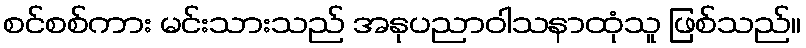
စင်စစ်ကား မင်းသားသည် အနုပညာဝါသနာထုံသူ ဖြစ်သည်။